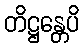
တိဋ္ဌန္တေပိ